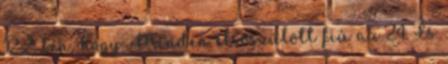
12,2. ben, hogy: Minden elsőszülött fiú az 24. És